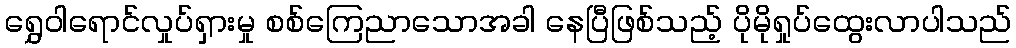
ရွှေဝါရောင်လှုပ်ရှားမှု စစ်ကြေညာသောအခါ နေပြီဖြစ်သည့် ပိုမိုရှုပ်ထွေးလာပါသည်